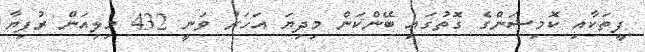
ފީތަކާއި ކޮމިޝަންގެ ގޮތުގައި ބޭންކަން މިދިޔަ އަހަރު ވަނީ 432 މިލިއަން ރުފިޔާ